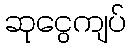
ဆုငွေကျပ်